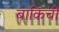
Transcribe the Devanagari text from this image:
बाकिची